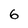
Character: 6